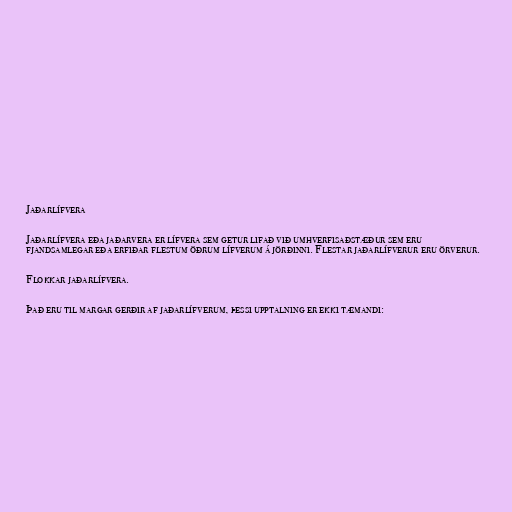
Jaðarlífvera

Jaðarlífvera eða jaðarvera er lífvera sem getur lifað við umhverfisaðstæður sem eru
fjandsamlegar eða erfiðar flestum öðrum lífverum á jörðinni. Flestar jaðarlífverur eru örverur.

Flokkar jaðarlífvera.

Það eru til margar gerðir af jaðarlífverum, þessi upptalning er ekki tæmandi: